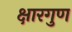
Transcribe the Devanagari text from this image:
क्षारगुण